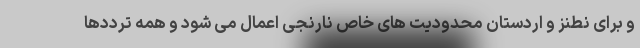
و برای نطنز و اردستان محدودیت های خاص نارنجی اعمال می شود و همه ترددها